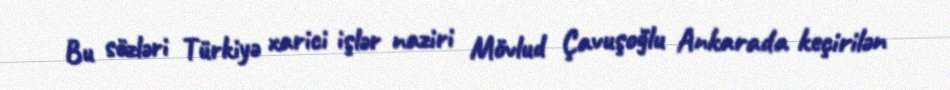
Bu sözləri Türkiyə xarici işlər naziri Mövlud Çavuşoğlu Ankarada keçirilən